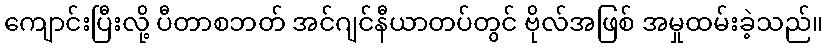
ကျောင်းပြီးလို့ ပီတာစဘတ် အင်ဂျင်နီယာတပ်တွင် ဗိုလ်အဖြစ် အမှုထမ်းခဲ့သည်။